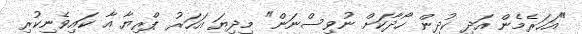
"އަހަރެމެން އަދި ކުދިން ހޯދާކަށް ނުވިސްނަން" މިދިޔަ އަހަރު ޕްރިޔާ އާ ކައިވެނިކުރި